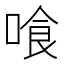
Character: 喰